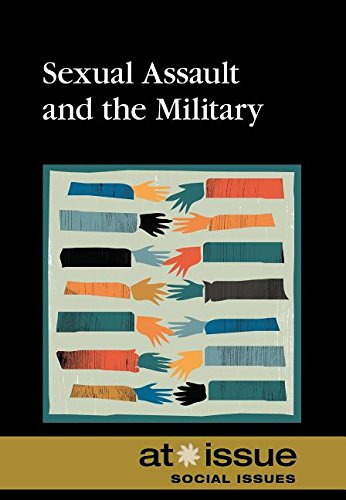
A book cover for Sexual Assault and the Military (At Issue); Noah Berlatsky; Teen & Young Adult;